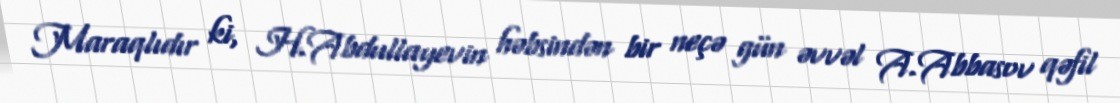
Maraqlıdır ki, H.Abdullayevin həbsindən bir neçə gün əvvəl A.Abbasov qəfil